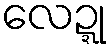
လေဍ္ဍု